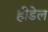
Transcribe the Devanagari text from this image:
हीडेल